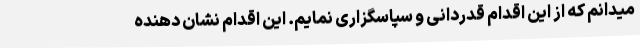
میدانم که از این اقدام قدردانی و سپاسگزاری نمایم. این اقدام نشان دهنده